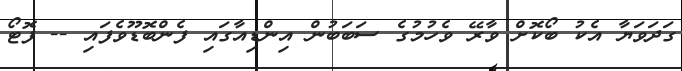
ގަދަވަޔާ އެކު ބޯކޮށް ވާރޭ ވެހުމުގެ ސަބަބުން އިންޑިއާގައި ފެންބޮޑޫވެފައި -- ފޮޓޯ